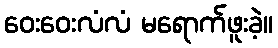
ဝေးဝေးလံလံ မရောက်ဖူးခဲ့။